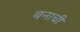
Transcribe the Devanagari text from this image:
बनाची